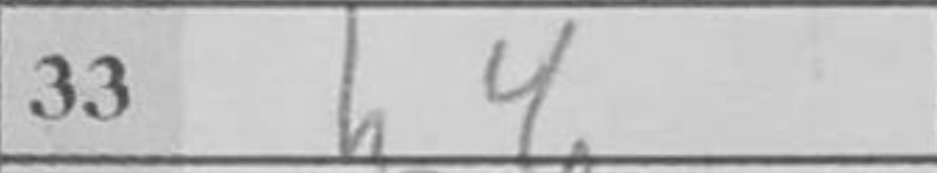
Transcription: h4